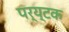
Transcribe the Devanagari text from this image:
पर्य्टक